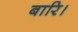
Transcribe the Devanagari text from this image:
बारि।